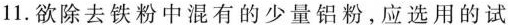
11.欲除去铁粉中混有的少量铝粉，应选用的试